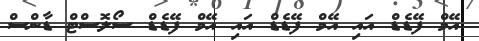
އޭމް ފޭޑެޑް އައި އޭމް ފޭޑެޑް އައި އޭމް ފޭޑެޑް ސޯލޮސްޓް ޑާންސް